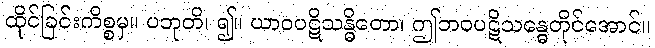
ထိုင်ခြင်းကိစ္စမှ။ ပဘုတိ၊ ၍။ ယာဝပဋိသန္ဓိတော၊ ဤဘဝပဋိသန္ဓေတိုင်အောင်။